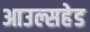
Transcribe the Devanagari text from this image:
आउल्सहेड